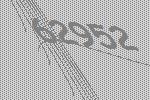
62952